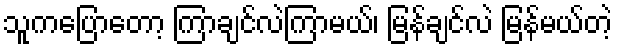
သူကပြောတော့ ကြာချင်လဲကြာမယ်၊ မြန်ချင်လဲ မြန်မယ်တဲ့